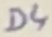
Text: D4